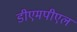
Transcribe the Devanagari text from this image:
डीएमपीएल